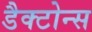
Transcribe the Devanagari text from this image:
डैक्टोन्स